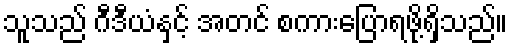
သူသည် ဂီဒီယံနှင့် အတင် စကားပြောရဖို့ရှိသည်။